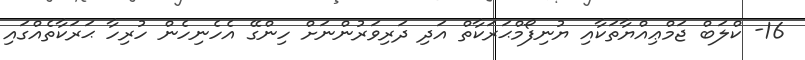
16- ކްލަބް ޖަމްޢިއްޔާތަކާއި ޔުނިފޯމްޙަރަކާތް އަދި ދަރިވަރުންނަށް ހިންގޭ އެހެނިހެން ހުރިހާ ޙަރަކާތެއްގައި